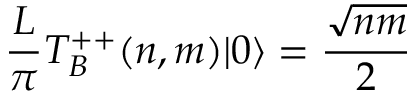
\frac { L } { \pi } T _ { B } ^ { + + } ( n , m ) | 0 \rangle = { \frac { \sqrt { n m } } { 2 } }